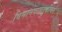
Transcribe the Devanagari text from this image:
विमानवाहतूकीवर